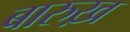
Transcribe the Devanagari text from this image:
बारुख़